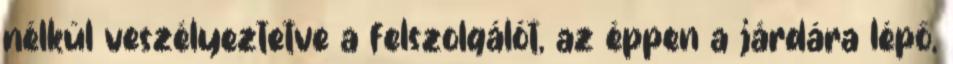
nélkül veszélyeztetve a felszolgálót, az éppen a járdára lépő,